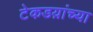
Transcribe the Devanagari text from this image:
टेकडय़ांच्या